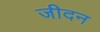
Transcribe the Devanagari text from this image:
जीदन